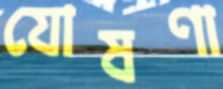
যোষণা